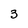
Character: 3